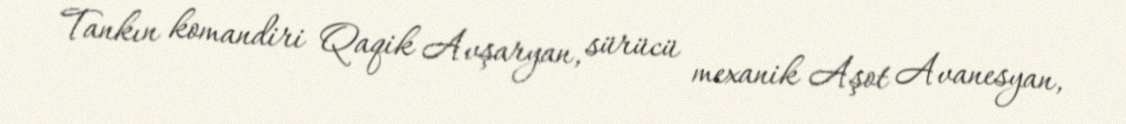
Tankın komandiri Qaqik Avşaryan, sürücü mexanik Aşot Avanesyan,